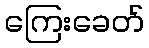
ကြေးခေတ်